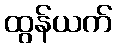
ထွန်ယက်